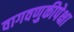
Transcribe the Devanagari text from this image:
वागवणुकीपेक्षा